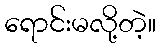
ရောင်းမလို့တဲ့။